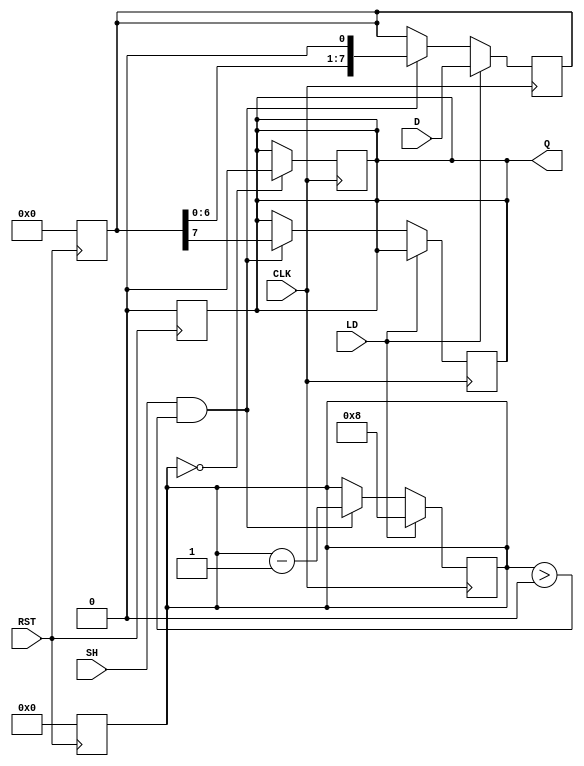
module PISO_Register #(
    parameter WIDTH = 8  // Configurable width for parallel input data
)(
    input wire [WIDTH-1:0] D,  // Parallel input data
    input wire LD,              // Load signal
    input wire SH,              // Shift signal
    input wire CLK,             // Clock signal
    input wire RST,             // Reset signal
    output reg Q                // Serial output
);

    reg [WIDTH-1:0] shift_reg;  // Shift register to hold the data
    reg [3:0] bit_count;         // Counter to track number of bits shifted out
    reg shifting;                // Flag to indicate if shifting is in progress

    // Asynchronous reset
    always @(posedge RST) begin
        shift_reg <= 0;
        Q <= 0;
        bit_count <= 0;
        shifting <= 0;
    end

    // Load data into the register
    always @(posedge CLK) begin
        if (LD) begin
            shift_reg <= D;       // Load the parallel data
            bit_count <= WIDTH;   // Initialize bit count
            shifting <= 0;        // Reset shifting flag
        end else if (SH && bit_count > 0) begin
            Q <= shift_reg[WIDTH-1];  // Shift out the most significant bit
            shift_reg <= shift_reg << 1; // Shift the register left
            bit_count <= bit_count - 1;   // Decrement the bit count
            shifting <= 1;               // Indicate that shifting is in progress
        end
    end

    // Ensure Q is low when not shifting
    always @(posedge CLK) begin
        if (bit_count == 0) begin
            Q <= 0; // Reset Q when no bits are left to shift
        end
    end

endmodule